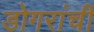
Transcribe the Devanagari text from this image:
डोगरांची